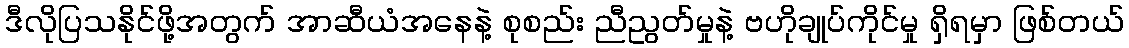
ဒီလိုပြသနိုင်ဖို့အတွက် အာဆီယံအနေနဲ့ စုစည်း ညီညွတ်မှုနဲ့ ဗဟိုချုပ်ကိုင်မှု ရှိရမှာ ဖြစ်တယ်